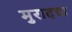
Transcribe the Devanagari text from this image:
मुरादचा